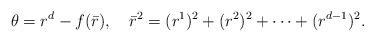
LaTeX: \begin{align*}\theta = r^{d} - f(\bar{r}), ~~~ \bar{r}^2 = (r^1)^2 + (r^2)^2 + \cdots + (r^{d-1})^2.\end{align*}